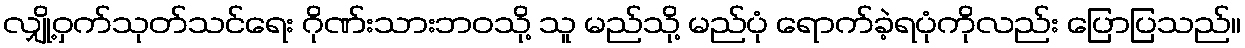
လျှို့ဝှက်သုတ်သင်ရေး ဂိုဏ်းသားဘဝသို့ သူ မည်သို့ မည်ပုံ ရောက်ခဲ့ရပုံကိုလည်း ပြောပြသည်။